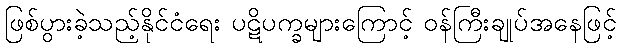
ဖြစ်ပွားခဲ့သည့်နိုင်ငံရေး ပဋိပက္ခများကြောင့် ဝန်ကြီးချုပ်အနေဖြင့်